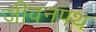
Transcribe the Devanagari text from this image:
जीवनपथ